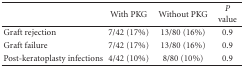
<table><thead><tr><td></td><td><b>With PKG</b></td><td><b>Without PKG</b></td><td><b><i>P</i> value</b></td></tr></thead><tbody><tr><td>Graft rejection</td><td>7/42 (17%)</td><td>13/80 (16%)</td><td>0.9</td></tr><tr><td>Graft failure</td><td>7/42 (17%)</td><td>13/80 (16%)</td><td>0.9</td></tr><tr><td>Post-keratoplasty infections</td><td>4/42 (10%)</td><td>8/80 (10%)</td><td>0.9</td></tr></tbody></table>